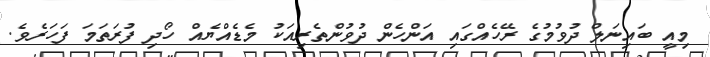
މިއީ ބައިނަލް ދުވުމުގެ ރޭހެއްގައި އަންހެން ދުވުންތެރިއަކު މެޑެއްޔެއް ހޯދި ފުރަތަމަ ފަހަރެވެ.